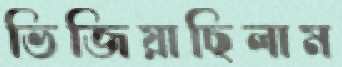
ভিজিয়াছিলাম